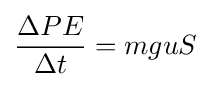
{\frac {\Delta PE}{\Delta t}}=mguS